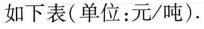
如下表(单位：元/吨)。